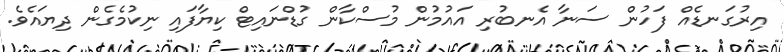
އިރުގަނޑެއް ފަހުން ސަނާ އެނބުރި އައުމުން މުސްކާން ގުޑްނައިޓް ކިޔާފައި ނިކުމެގެން ދިޔައެވެ.